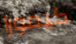
كيمورا